Bréfritari: Sigríður Pálsdóttir
Viðtakandi: Páll Pálsson
Dagsetning: A-1870-09-11
Skrifað á: Breiðabólsstað  Rang.
Páll var bróðir Sigríðar

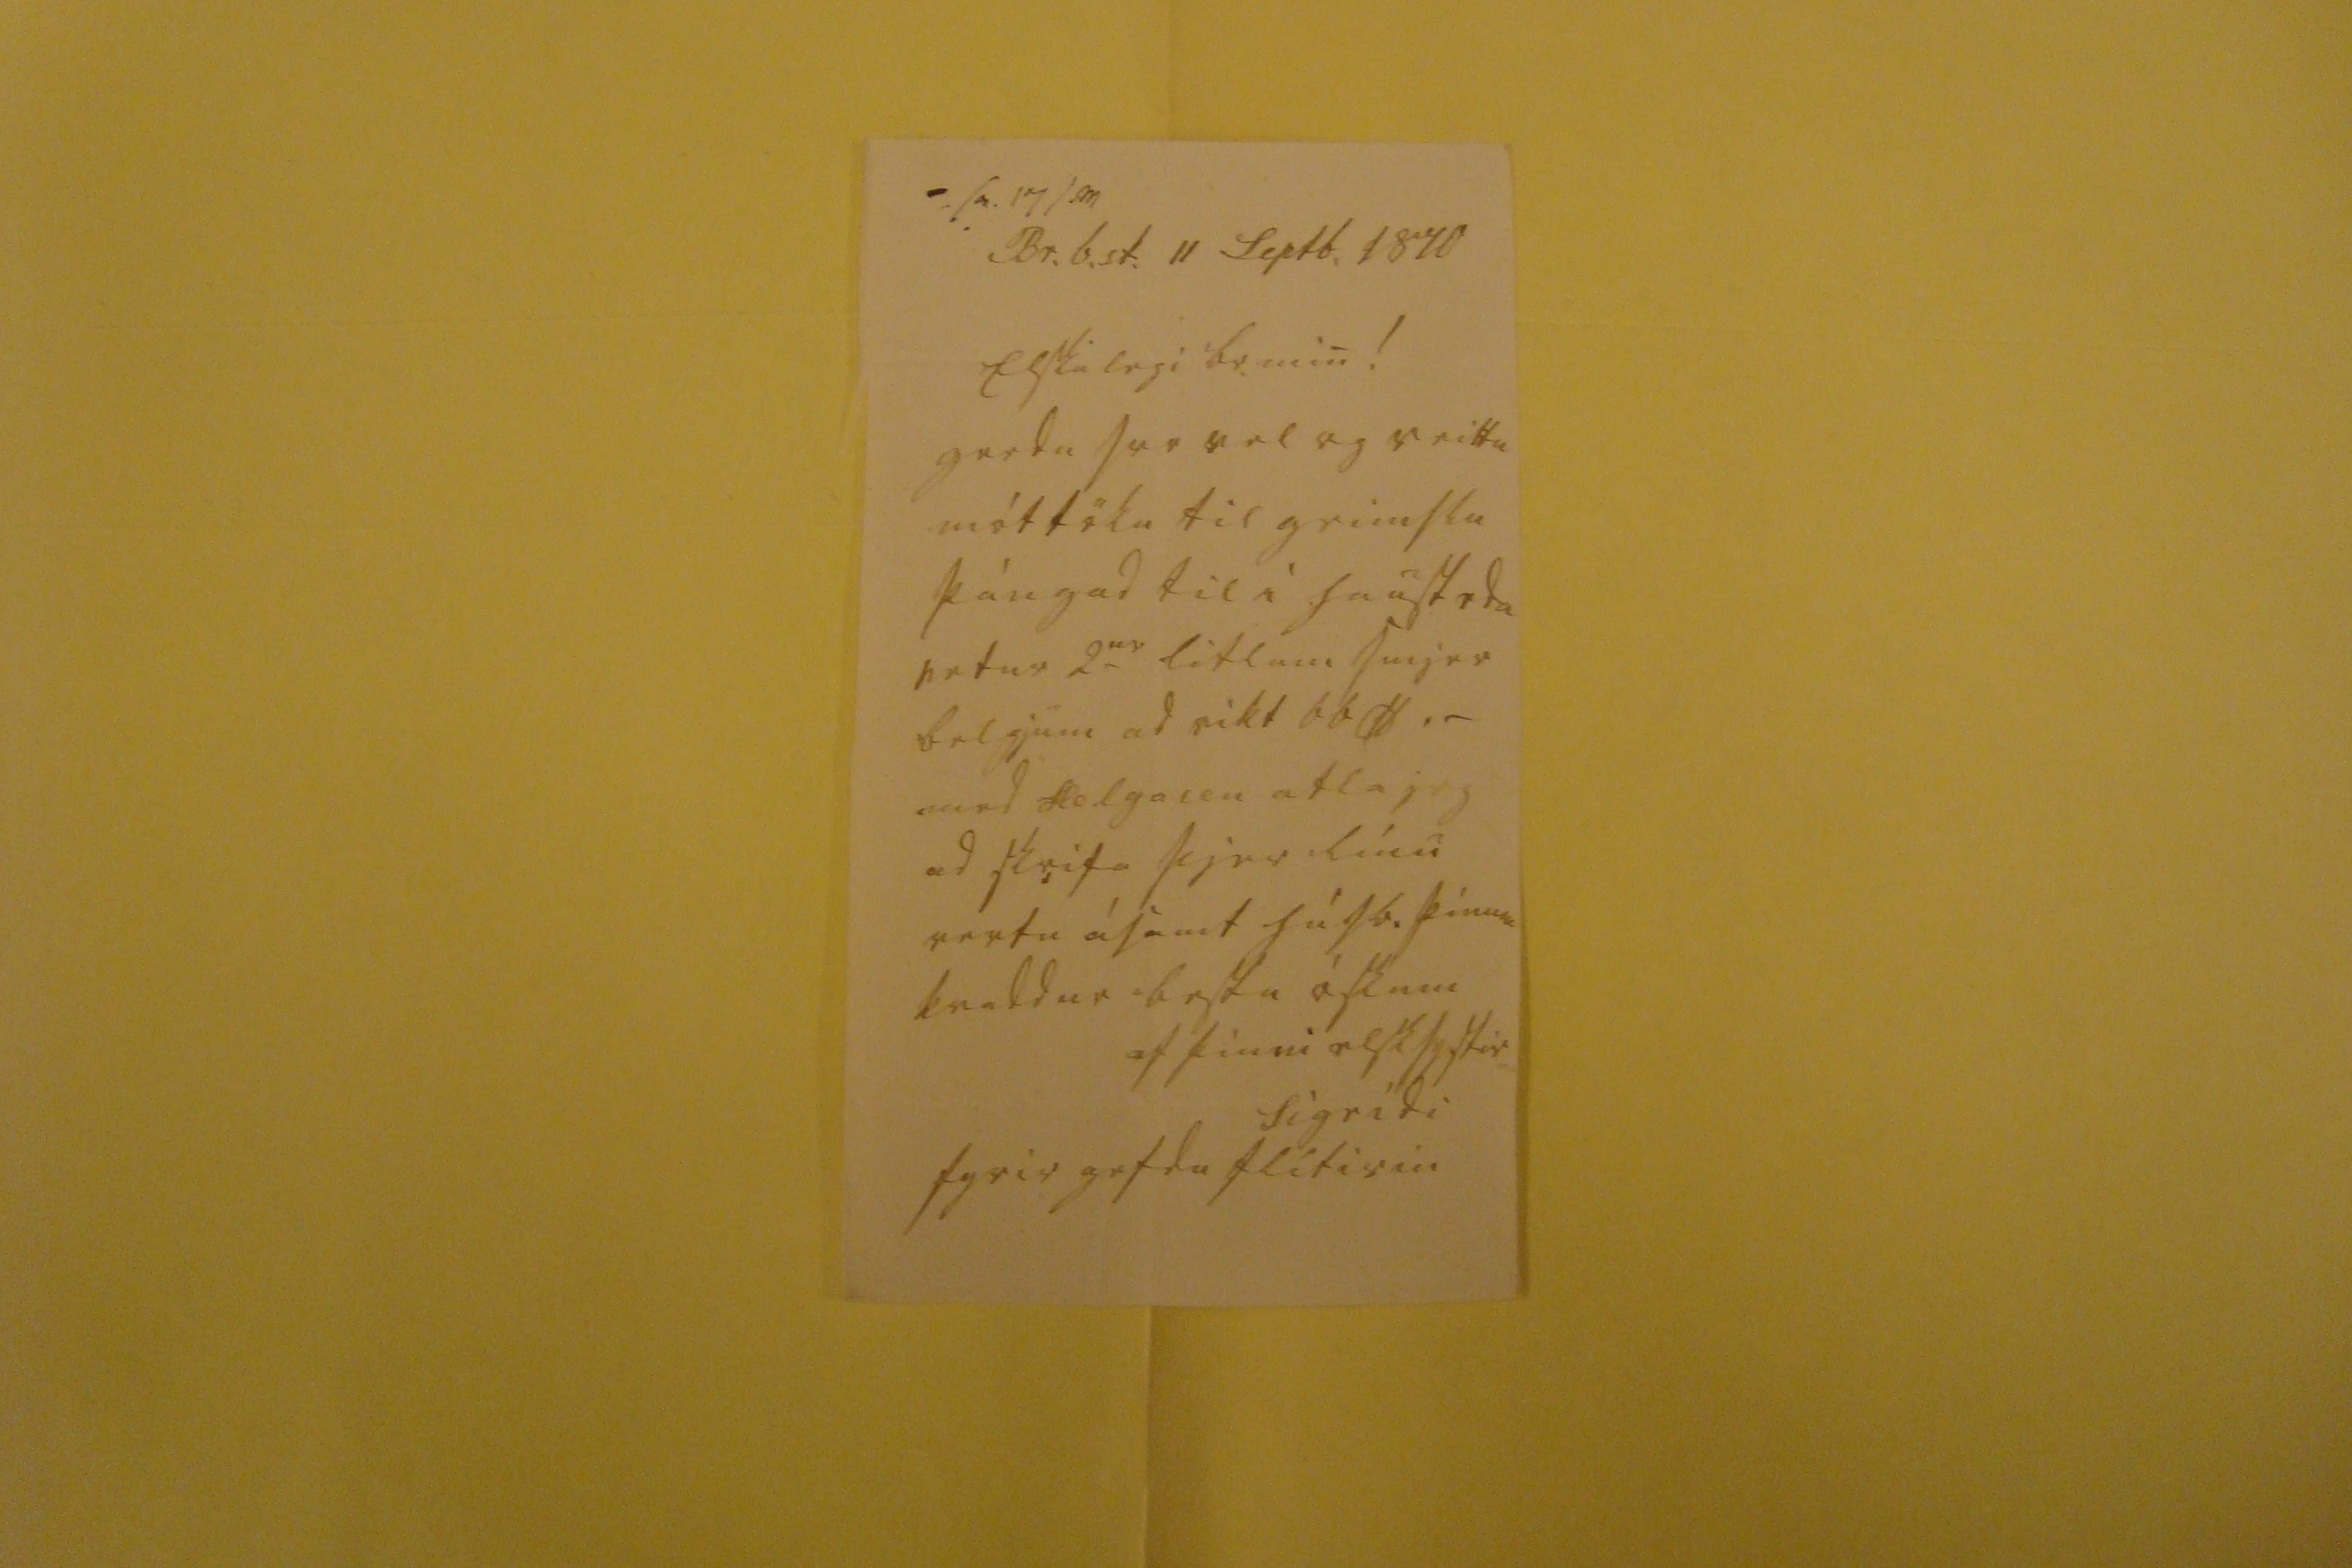

sv. 17 /0m
Br.b.st. 11 Septb. 1870
Elskulegi br. min!
gerdu svo vel og veittu móttöku til geimslu þángad til i haust eda vetur 2
ur
litlum smjer belgjum ad vikt 66 lb ._ med Helgason atla jeg ad skrifa þjer línu vertu ásamt húsb. þínum kvaddur bestu óskum
af þinni elsk systir
Sigrídi
fyrirgefdu flítirin